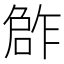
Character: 𠹨